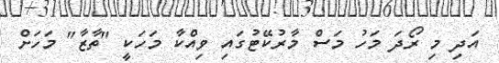
އަދި މި ރޯދަ މަހު މަސް މާރުކޭޓުގައި ވިއްކާ މަހަކީ "ތާޒާ" މަހަށް